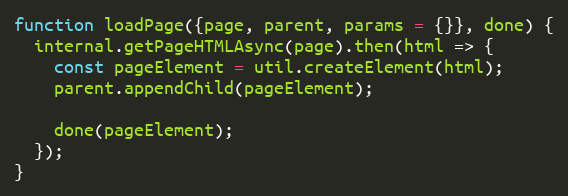
Language: JavaScript
function loadPage({page, parent, params = {}}, done) {
  internal.getPageHTMLAsync(page).then(html => {
    const pageElement = util.createElement(html);
    parent.appendChild(pageElement);

    done(pageElement);
  });
}